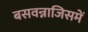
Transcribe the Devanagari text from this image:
बसवन्नाजिसमें